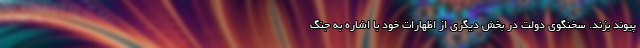
پیوند بزند. سخنگوی دولت در بخش دیگری از اظهارات خود با اشاره به جنگ